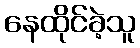
နေထိုင်ခဲ့သူ